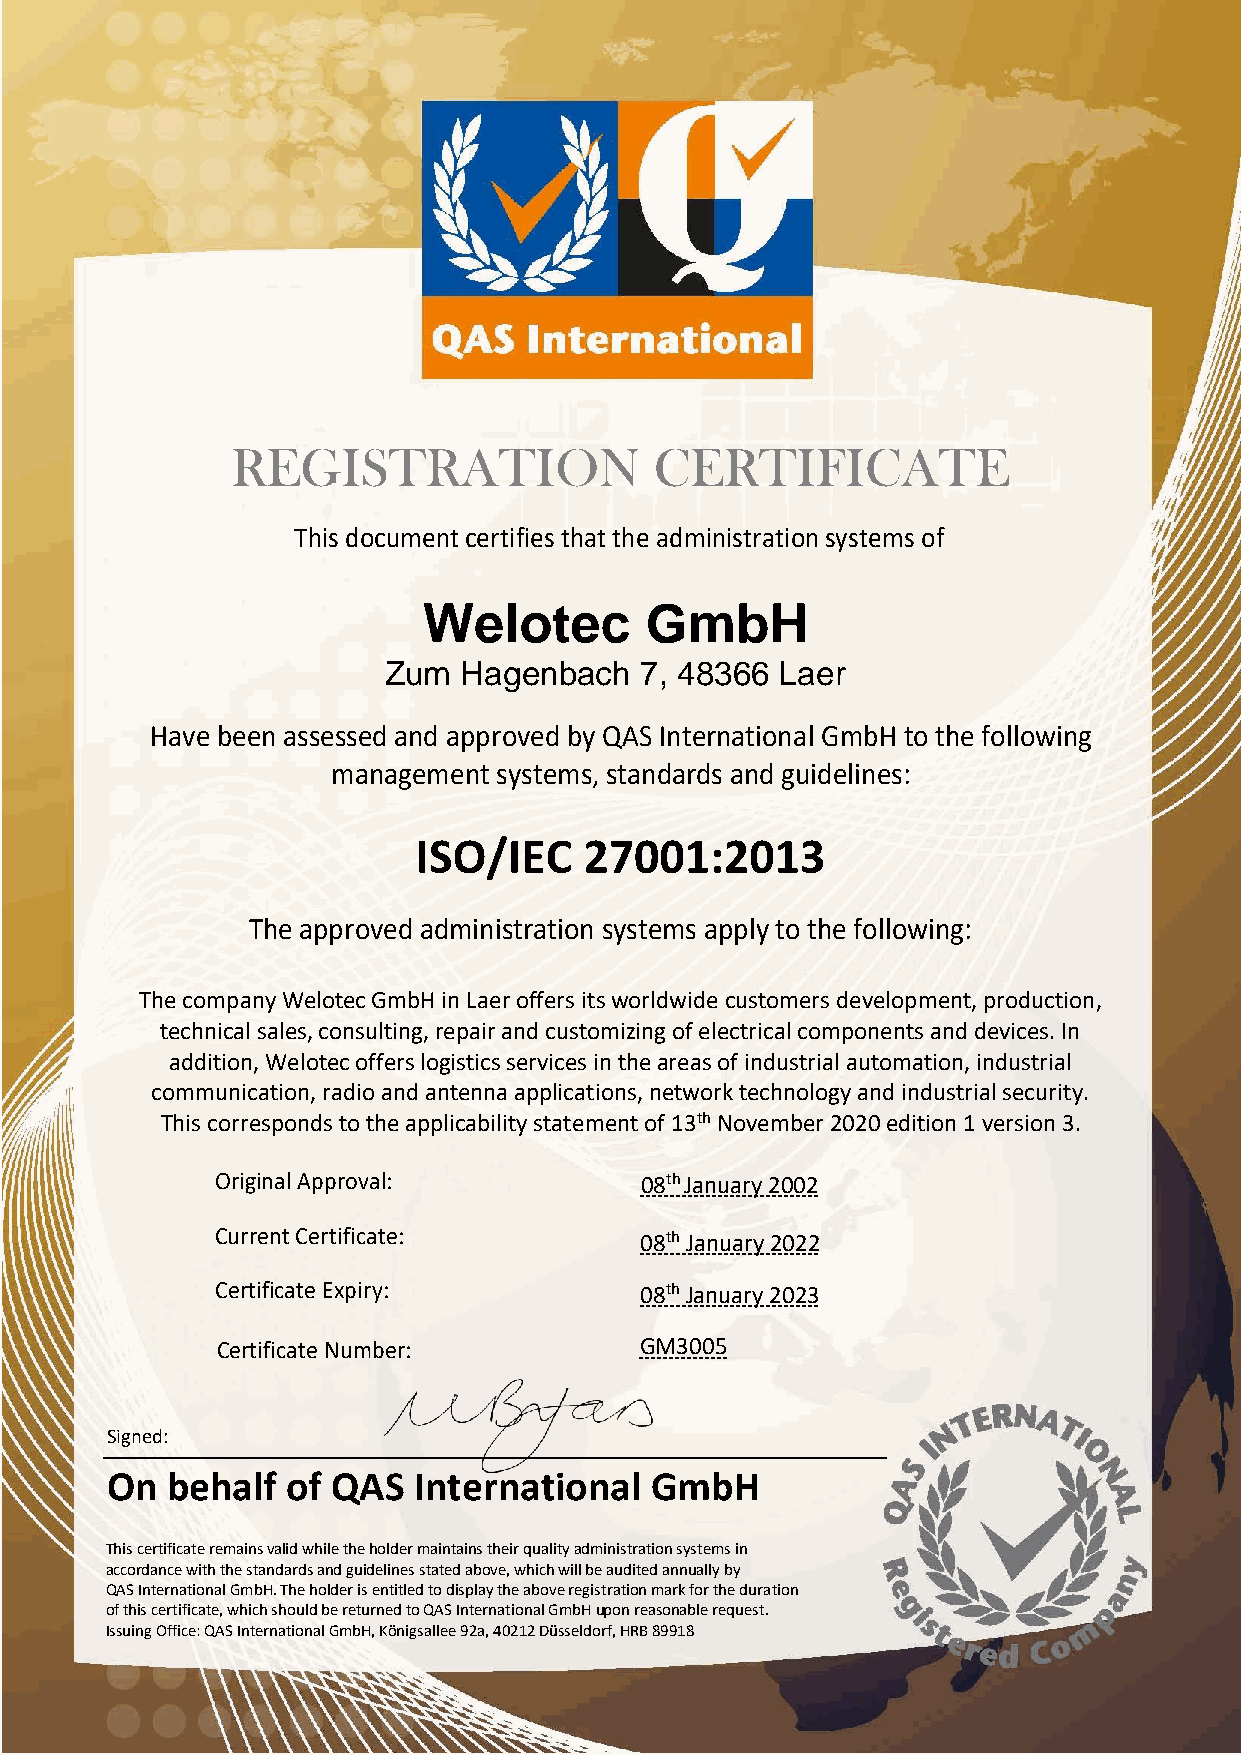
REGISTRATION                CERTIFICATE
 This document certifies that the administration systems of
 Welotec        GmbH
 Zum  Hagenbach   7, 48366  Laer
 Have been assessed and approved by QAS International GmbH to the following
 management systems, standards and guidelines:
 ISO/IEC     27001:2013
 The approved administration systems apply to the following:
 The c ompany Welotec GmbH in Laer offers its worldwide customers development, production,
 technical sales, consulting, repair and customizing of electrical components and devices. In
 addition, Welotec offers logistics services in the areas of industrial automation, industrial
 com munication, radio and antenna applications, network technology and industrial security.
 Thi s corresponds to the applicability statement of 13th November 2020 edition 1 version 3.
 Original Approval:          08th January 2002
 Current Certificate:        08th January 2022
 Certificate Expiry:         08th January 2023
 Certificate Number:         GM3005
 Signed:
 On  behalf  of QAS  International   GmbH
 This certificate remains valid while the holder maintains their quality administration systems in
 accordance with the standards and guidelines stated above, which will be audited annually by
 QAS International GmbH. The holder is entitled to display the above registration mark for the duration
 of this certificate, which should be returned to QAS International GmbH upon reasonable request.
 Issuing Office: QAS International GmbH, Königsallee 92a, 40212 Düsseldorf, HRB 89918